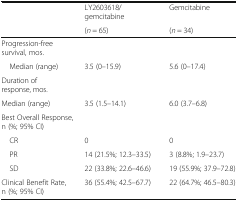
| <ROWSPAN=2>  | LY2603618/gemcitabine | Gemcitabine |
 | (n = 65) | (n = 34) |
 | --- | --- | --- |
 | Progression-free survival, mos. |  |  |
 | Median (range) | 3.5 (0–15.9) | 5.6 (0–17.4) |
 | Duration of response, mos. |  |  |
 | Median (range) | 3.5 (1.5–14.1) | 6.0 (3.7–6.8) |
 | <COLSPAN=3> Best Overall Response, n (%; 95% CI) |
 | CR | 0 | 0 |
 | PR | 14 (21.5%; 12.3–33.5) | 3 (8.8%; 1.9–23.7) |
 | SD | 22 (33.8%; 22.6–46.6) | 19 (55.9%; 37.9–72.8) |
 | Clinical Benefit Rate, n (%; 95% CI) | 36 (55.4%; 42.5–67.7) | 22 (64.7%; 46.5–80.3) |